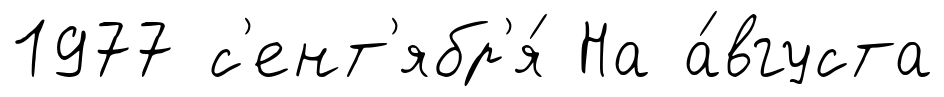
1977 с'ент'ябр'я́ На а́вгуста